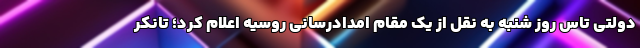
دولتی تاس روز شنبه به نقل از یک مقام امدادرسانی روسیه اعلام کرد؛ تانکر